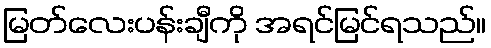
မြတ်လေးပန်းချီကို အရင်မြင်ရသည်။